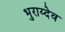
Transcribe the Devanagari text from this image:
भुराय्देव